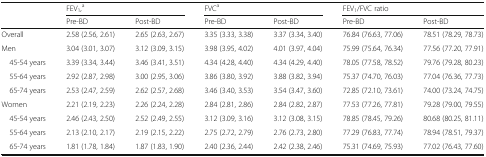
<table><thead><tr><td>[EMPTY_CELL]</td><td colspan="2"><b>FEV<sub>1</sub>,<sup>a</sup></b></td><td colspan="2"><b>FVC<sup>a</sup></b></td><td colspan="2"><b>FEV<sub>1</sub>/FVC ratio</b></td></tr><tr><td>[EMPTY_CELL]</td><td><b>Pre-BD</b></td><td><b>Post-BD</b></td><td><b>Pre-BD</b></td><td><b>Post-BD</b></td><td><b>Pre-BD</b></td><td><b>Post-BD</b></td></tr></thead><tbody><tr><td>Overall</td><td>2.58 (2.56, 2.61)</td><td>2.65 (2.63, 2.67)</td><td>3.35 (3.33, 3.38)</td><td>3.37 (3.34, 3.40)</td><td>76.84 (76.63, 77.06)</td><td>78.51 (78.29, 78.73)</td></tr><tr><td>Men</td><td>3.04 (3.01, 3.07)</td><td>3.12 (3.09, 3.15)</td><td>3.98 (3.95, 4.02)</td><td>4.01 (3.97, 4.04)</td><td>75.99 (75.64, 76.34)</td><td>77.56 (77.20, 77.91)</td></tr><tr><td> 45-54 years</td><td>3.39 (3.34, 3.44)</td><td>3.46 (3.41, 3.51)</td><td>4.34 (4.28, 4.40)</td><td>4.34 (4.29, 4.40)</td><td>78.05 (77.58, 78.52)</td><td>79.76 (79.28, 80.23)</td></tr><tr><td> 55-64 years</td><td>2.92 (2.87, 2.98)</td><td>3.00 (2.95, 3.06)</td><td>3.86 (3.80, 3.92)</td><td>3.88 (3.82, 3.94)</td><td>75.37 (74.70, 76.03)</td><td>77.04 (76.36, 77.73)</td></tr><tr><td> 65-74 years</td><td>2.53 (2.47, 2.59)</td><td>2.62 (2.57, 2.68)</td><td>3.46 (3.40, 3.53)</td><td>3.54 (3.47, 3.60)</td><td>72.85 (72.10, 73.61)</td><td>74.00 (73.24, 74.75)</td></tr><tr><td>Women</td><td>2.21 (2.19, 2.23)</td><td>2.26 (2.24, 2.28)</td><td>2.84 (2.81, 2.86)</td><td>2.84 (2.82, 2.87)</td><td>77.53 (77.26, 77.81)</td><td>79.28 (79.00, 79.55)</td></tr><tr><td> 45-54 years</td><td>2.46 (2.43, 2.50)</td><td>2.52 (2.49, 2.55)</td><td>3.12 (3.09, 3.16)</td><td>3.12 (3.08, 3.15)</td><td>78.85 (78.45, 79.26)</td><td>80.68 (80.25, 81.11)</td></tr><tr><td> 55-64 years</td><td>2.13 (2.10, 2.17)</td><td>2.19 (2.15, 2.22)</td><td>2.75 (2.72, 2.79)</td><td>2.76 (2.73, 2.80)</td><td>77.29 (76.83, 77.74)</td><td>78.94 (78.51, 79.37)</td></tr><tr><td> 65-74 years</td><td>1.81 (1.78, 1.84)</td><td>1.87 (1.83, 1.90)</td><td>2.40 (2.36, 2.44)</td><td>2.42 (2.38, 2.46)</td><td>75.31 (74.69, 75.93)</td><td>77.02 (76.43, 77.60)</td></tr></tbody></table>